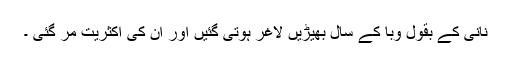
نانی کے بقول وبا کے سال بھیڑیں لاغر ہوتی گئیں اور ان کی اکثریت مر گئی ۔